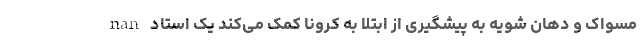
nan مسواک و دهان شویه به پیشگیری از ابتلا به کرونا کمک می‌کند یک استاد